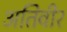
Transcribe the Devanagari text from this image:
अतिवीर